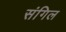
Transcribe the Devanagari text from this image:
संगिल